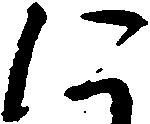
に